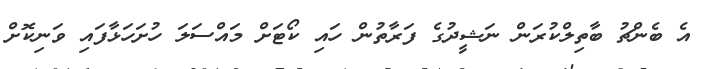
އެ ބެންޗު ބާތިލްކުރަން ނަޝީދުގެ ފަރާތުން ހައި ކޯޓަށް މައްސަލަ ހުށަހަޅާފައި ވަނިކޮށް